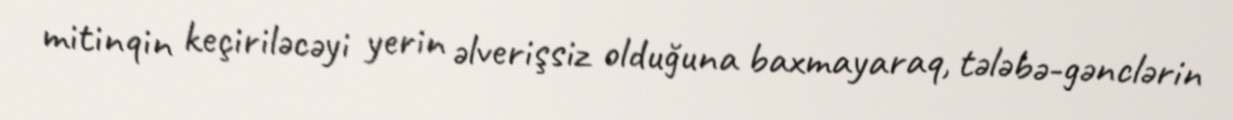
mitinqin keçiriləcəyi yerin əlverişsiz olduğuna baxmayaraq, tələbə-gənclərin